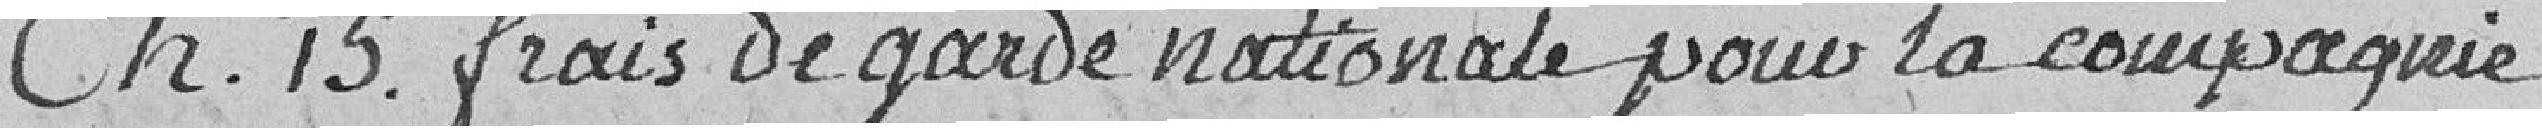
Ch. 15. : frais de garde nationale pour la compagnie